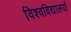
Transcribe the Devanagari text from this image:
विश्‍वविद्यालयों